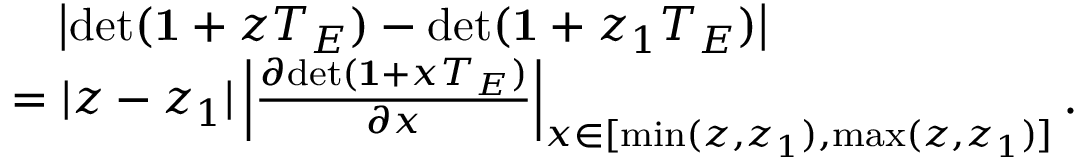
\begin{array} { r l } & { ~ ~ ~ \left| \mathrm { d e t } ( { \bf 1 } + z T _ { E } ) - \mathrm { d e t } ( { \bf 1 } + z _ { 1 } T _ { E } ) \right| } \\ & { = | z - z _ { 1 } | \left| \frac { \partial \mathrm { d e t } ( { \bf 1 } + x T _ { E } ) } { \partial x } \right| _ { x \in [ \mathrm { m i n } ( z , z _ { 1 } ) , \mathrm { m a x } ( z , z _ { 1 } ) ] } . } \end{array}